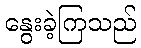
နွေးခဲ့ကြသည်